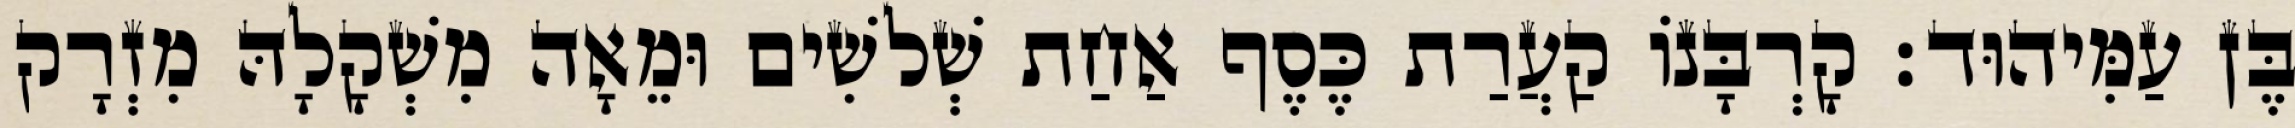
בֶּן עַמִּיהוּד׃ קָרְבָּנוֹ קַעֲרַת כֶּסֶף אַחַת שְׁלשִׁים וּמֵאָה מִשְׁקָלָהּ מִזְרָק